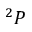
^ 2 P